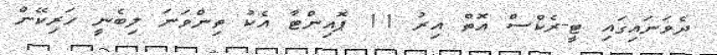
ދެވަނައިގައި ޓީ-ރެކްސް އޮތް އިރު 11 ޕޮއިންޓާ އެކު ތިންވަނަ ލިބެނީ ހަރިކޭން